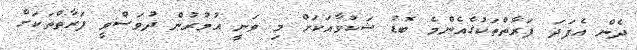
ދެން އެފަދަ ފަރާތްތަކުގެއެންމެ ބޮޑު ޝަކުވާއަކަށް މި ވަނީ އުމުރުން ދުވަސްވީ ފަރާތްތަކަށް